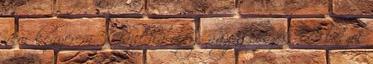
nem kenyerem. Majd ha elég nagy leszek, Te leszel